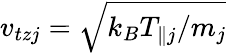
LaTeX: v_{tzj}=\sqrt{k_{B}T_{\parallel j}/m_{j}}